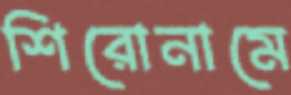
শিরোনামে